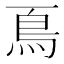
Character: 𩾏